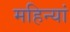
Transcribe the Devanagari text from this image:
महिन्यां